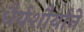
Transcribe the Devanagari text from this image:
धैर्यशौर्याने